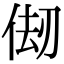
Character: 𠉨